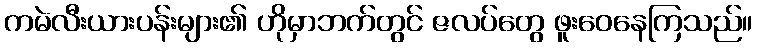
ကမဲလီးယားပန်းများ၏ ဟိုမှာဘက်တွင် ဇလပ်တွေ ဖူးဝေနေကြသည်။